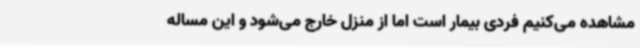
مشاهده می‌کنیم فردی بیمار است اما از منزل خارج می‌شود و این مساله